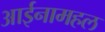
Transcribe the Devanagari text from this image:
आईनामहल